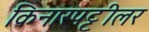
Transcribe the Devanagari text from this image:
किनारपट्टीलर